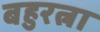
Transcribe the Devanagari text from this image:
बहुरत्ना